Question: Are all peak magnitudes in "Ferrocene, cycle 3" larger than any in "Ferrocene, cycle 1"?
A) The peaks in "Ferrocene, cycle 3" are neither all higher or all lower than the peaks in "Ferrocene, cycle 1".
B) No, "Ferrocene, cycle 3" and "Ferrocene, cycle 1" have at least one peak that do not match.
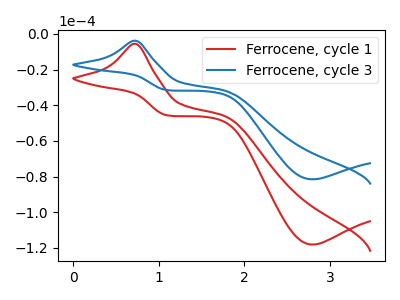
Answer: <think>The red curve "Ferrocene, cycle 1" has an anodic peak at (0.75V, -5.50uA) and a cathodic peak at (2.80V, -118.10uA). The blue curve "Ferrocene, cycle 3" has an anodic peak at (0.75V, -3.80uA) and a cathodic peak at (2.80V, -81.50uA).</think>
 <answer>A) The peaks in "Ferrocene, cycle 3" are neither all higher or all lower than the peaks in "Ferrocene, cycle 1".</answer>
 <eval>A</eval>